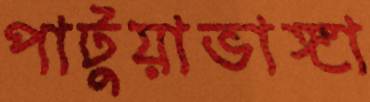
পাটুয়াভাঙ্গা